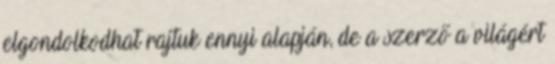
elgondolkodhat rajtuk ennyi alapján, de a szerző a világért